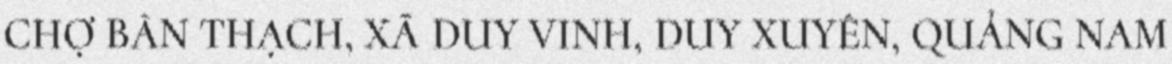
CHỢ BÀN THẠCH, XÃ DUY VINH, DUY XUYÊN, QUẢNG NAM